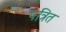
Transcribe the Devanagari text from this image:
पत्रित